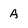
Character: A